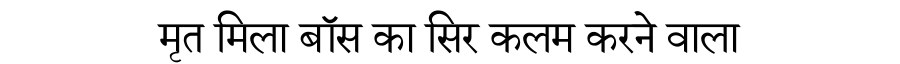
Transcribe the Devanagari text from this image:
मृत मिला बॉस का सिर कलम करने वाला